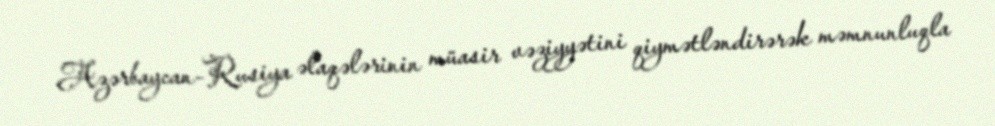
Azərbaycan-Rusiya əlaqələrinin müasir vəziyyətini qiymətləndirərək məmnunluqla